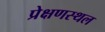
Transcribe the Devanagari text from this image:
प्रेक्षणस्थल